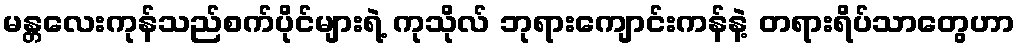
မန္တလေးကုန်သည်စက်ပိုင်များရဲ့ ကုသိုလ် ဘုရားကျောင်းကန်နဲ့ တရားရိပ်သာတွေဟာ